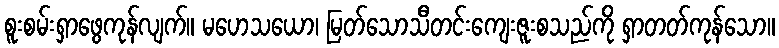
စူးစမ်းရှာဖွေကုန်လျက်။ မဟေသယော၊ မြတ်သောသီတင်းကျေးဇူးစသည်ကို ရှာတတ်ကုန်သော။